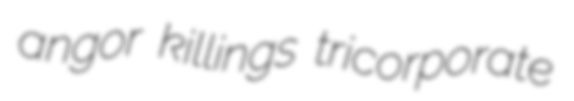
angor killings tricorporate